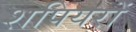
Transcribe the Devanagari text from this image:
शपियरों